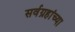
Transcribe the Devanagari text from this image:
सर्वग्रहांच्या